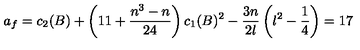
a _ { f } = c _ { 2 } ( B ) + \left( 1 1 + \frac { n ^ { 3 } - n } { 2 4 } \right) c _ { 1 } ( B ) ^ { 2 } - \frac { 3 n } { 2 \l } \left( \l ^ { 2 } - \frac { 1 } { 4 } \right) = 1 7